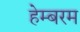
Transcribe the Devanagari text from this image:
हेम्बरम